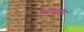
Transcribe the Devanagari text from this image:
उपरदांग